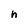
Character: h